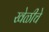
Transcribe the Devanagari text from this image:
खेळीचे